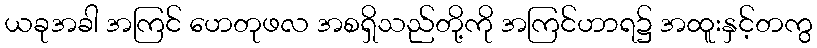
ယခုအခါ အကြင် ဟေတုဖလ အစရှိသည်တို့ကို အကြင်ဟာရ၌ အထူးနှင့်တကွ